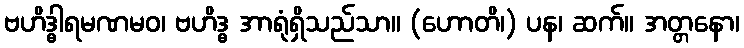
ဗဟိဒ္ဓါရမဏမဝ၊ ဗဟိဒ္ဓ အာရုံရှိသည်သာ။ (ဟောတိ၊) ပန၊ ဆက်။ အတ္တနော၊